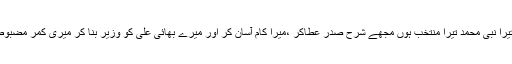
میں تیرا نبی محمدۖ تیرا منتخب ہوں مجھے شرح صدر عطاکر ،میرا کام آسان کر اور میرے بھائی علی کو وزیر بنا کر میری کمر مضبوط کر۔